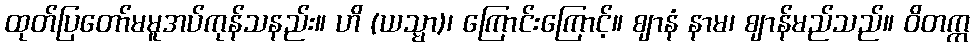
ထုတ်ပြတော်မမူအပ်ကုန်သနည်း။ ဟိ (ယသ္မာ)၊ ကြောင်းကြောင့်။ ဈာနံ နာမ၊ ဈာန်မည်သည်။ ဝိတက္က